Report on vaccination in Madras 1877-1894 - 1877-1894
Year: 1877
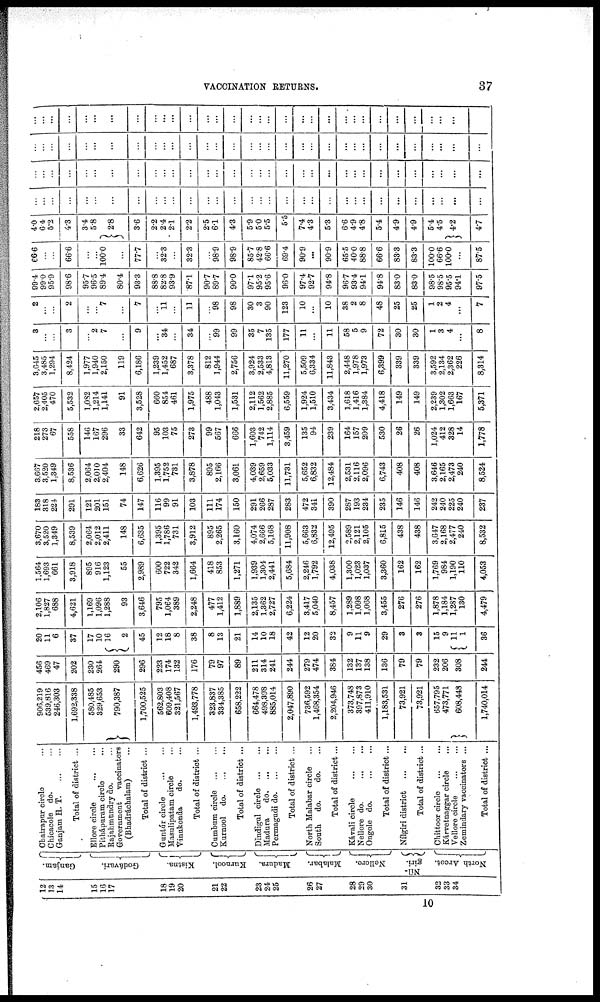
VACCINATION RETURNS.
37
12
13
14
15
16
17
18
19
20
21
22
23
24
25
26
27
28
29
30
31
32
33
34
Ganjam.
Godávari.
Kistna.
Kurnool.
Madura.
Malabar.
Nellore.
Níl-
giri.
North Arcot.
Chatrapur circle ...
Chicacole do. ...
Ganjam H. T
. ... ...
Total of district ...
Ellore circle
...
...
Pithápuram circle ...
Rajahmundry do. ...
Government
vaccinators
(Bhadráchalam) ...
Total of district ...
Guntúr circle
...
...
Masulipatam circle ...
Vinukonda
do. ...
Total of district ...
Cumbum circle
...
...
Kurnool
do. ... ...
Total of district ...
Dindigul circle
...
...
Madura
d
o
. ... ...
Permagudi do. ... ...
Total of district ...
North Malabar circle ...
South
do.
do. ...
Total of district ...
Kávali circle
...
...
Nellore do.
...
...
Ongole do.
...
...
Total of district ...
Nílgiri district
...
...
Total of district ...
Chittoor circle
...
...
Kárvetnaggar circle ...
Vellore circle
...
...
Zemindary vaccinators ...
Total of district ...
906,219
539,816
246,303
1,692,338
580,485
329,653
790,387
1,700,525
562,803
609,408
321,567
1,493,778
323,837
334,385
658,222
664,478
498,398
885,014
2,047,890
736,592
1,468,354
2,204,946
373,748
397,873
411,910
1,183,531
73,921
73,921
657,795
473,771
608,448
1,740,014
456
469
47
202
230
264
290
296
223
174
132
176
79
97
89
211
314
241
244
279
474
384
132
137
138
136
79
79
232
206
308
244
20
11
6
37
17
10
16
2
45
12
18
8
38
8
13
21
14
10
18
42
12
20
32
9
11
9
29
3
3
15
9
11
1
36
2,106
1,827
688
4,621
1,169
1,096
1,288
93
3,646
795
1,064
389
2,248
477
1,412
1,889
2,135
1,362
2,727
6,224
3,417
5,040
8,457
1,289
1,098
1,068
3,455
276
276
1,878
1,184
1,287
130
4,479
1,564
1,693
661
3,918
895
916
1,123
55
2,989
600
722
342
1,664
418
853
1,271
1,939
1,304
2,441
5,684
2,246
1,792
4,038
1,300
1,023
1,037
3,360
162
162
1,769
984
1,190
110
4,053
3,670
3,520
1,349
8,539
2,064
2,012
2,411
148
6,635
1,395
1,786
731
3,912
895
2,265
3,160
4,074
2,666
5,168
11,908
5,663
6,832
12,495
2,589
2,121
2,105
6,815
438
438
3,647
2,168
2,477
240
8,532
183
318
224
291
121
201
151
74
147
116
99
91
103
111
174
150
291
266
287
283
472
341
390
287
193
234
235
146
146
242
240
225
240
237
3,667
3,520
1,349
8,536
2,064
2,010
2,404
148
6,626
1,395
1,752
731
3,878
895
2,166
3,061
4,039
2,659
5,033
11,731
5,652
6,832
12,484
2,531
2,116
2,096
6,743
408
408
3,646
2,165
2,473
240
8,524
218
273
67
558
146
167
296
33
642
95
103
75
273
99
567
666
1,603
742
1,114
3,459
135
94
239
164
157
209
530
26
26
1,024
412
328
14
1,778
2,657
2,405
470
5,532
1,082
1,214
1,141
91
3,528
660
854
461
1,975
488
1,043
1,531
2,112
1,562
2,885
6,559
1,924
1,510
3,434
1,618
1,416
1,384
4,418
149
149
2,239
1,302
1,663
167
5,371
3,645
3,485
1,294
8,424
1,977
1,940
2,150
119
6,186
1,239
1,452
687
3,378
812
1,944
2,756
3,924
2,533
4,813
11,270
5,509
6,334
11,843
2,448
1,978
1,973
6,399
339
339
3,592
2,134
2,362
226
8,314
3
...
...
3
...
2
7
...
9
...
34
...
34
...
99
99
35
7
135
177
11
...
11
58
5
9
72
30
30
1
3
4
...
8
2
...
...
2
...
...
7
...
7
...
11
...
11
...
98
98
30
3
90
123
10
...
10
38
2
8
48
25
25
1
2
4
...
7
99.4
99.0
95.9
98.6
95.7
96.5
89.4
80.4
93.3
88.8
82.8
93.9
87.1
90.7
89.7
90.0
97.1
95.2
95.6
96.0
97.4
92.7
94.8
96.7
93.4
94.1
94.8
83.0
83.0
98.5
98.5
95.5
94.1
97.5
66.6
...
...
66.6
...
...
100.0
...
77.7
...
32.3
...
32.3
...
98.9
98.9
85.7
42.8
66.6
69.4
90.9
...
90.9
65.5
40.0
88.8
66.6
83.3
83.3
100.0
66.6
100.0
...
87.5
4.0
6.4
5.2
4.3
3.4
5.8
2.8
3.6
2.2
2.4
2.1
2.2
2.5
6.1
4.3
5.9
5.0
5.5
5.5
7.4
4.3
5.3
6.6
4.9
4.8
5.4
4.9
4.9
5.4
4.5
4.2
4.7
...
...
...
...
...
...
...
...
...
...
...
...
...
...
...
...
...
...
...
...
...
...
...
...
...
...
...
...
...
...
...
...
...
...
...
...
...
...
...
...
...
...
...
...
...
...
...
...
...
...
...
...
...
...
...
...
...
...
...
...
...
...
...
...
...
...
...
...
...
...
...
...
...
...
...
...
...
...
...
...
...
...
...
...
...
...
...
...
...
...
...
...
...
...
...
...
...
...
...
...
...
...
...
...
...
...
...
...
...
...
...
...
...
...
...
...
...
...
...
...
...
...
...
...
...
...
...
...
10